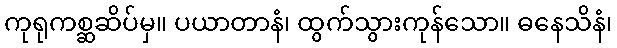
ကုရုကစ္ဆဆိပ်မှ။ ပယာတာနံ၊ ထွက်သွားကုန်သော။ ဓနေသိနံ၊